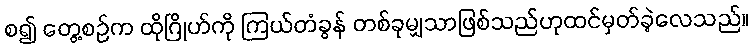
စ၍ တွေ့စဉ်က ထိုဂြိုဟ်ကို ကြယ်တံခွန် တစ်ခုမျှသာဖြစ်သည်ဟုထင်မှတ်ခဲ့လေသည်။